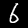
Digit: 6